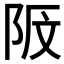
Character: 𱀎